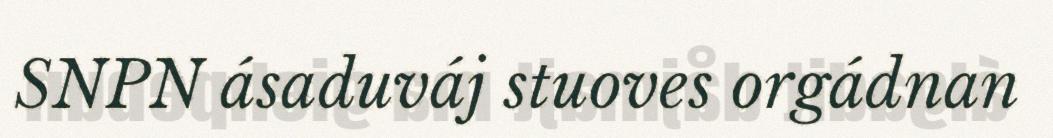
SNPN ásaduváj stuoves orgádnan